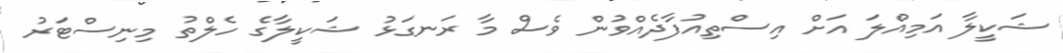
ޝަކީލާ އަމިއްލަ އަށް އިސްތިއުފާދެއްވުން ވެސް މާ ރަނގަޅު ޝަކީލާގެ ހެލްތު މިނިސްޓަރު